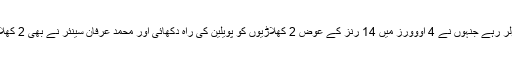
ساﺅدرن پنجاب کی جانب سے زاہد محمود سب سے کامیاب باﺅلر رہے جنہوں نے 4 اووورز میں 14 رنز کے عوض 2 کھلاڑیوں کو پویلین کی راہ دکھائی اور محمد عرفان سینئر نے بھی 2 کھلاڑیوں کو آﺅٹ کیا جبکہ وہاب ریاض نے ایک وکٹ حاصل کی۔